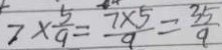
7 \times \frac { 5 } { 9 } = \frac { 7 \times 5 } { 9 } = \frac { 3 5 } { 9 }